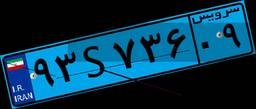
۹۳S۷۳۶۰۹